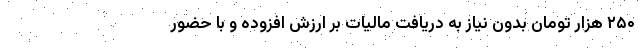
۲۵۰ هزار تومان بدون نیاز به دریافت مالیات بر ارزش افزوده و با حضور